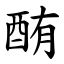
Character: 酭